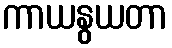
ကာယနွယတာ